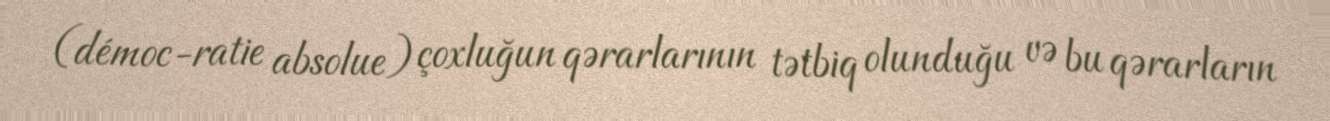
(démoc-ratie absolue) çoxluğun qərarlarının tətbiq olunduğu və bu qərarların